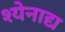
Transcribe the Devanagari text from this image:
श्येनाद्य